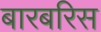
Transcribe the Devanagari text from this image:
बारबरिस